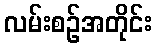
လမ်းစဉ်အတိုင်း